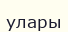
улары